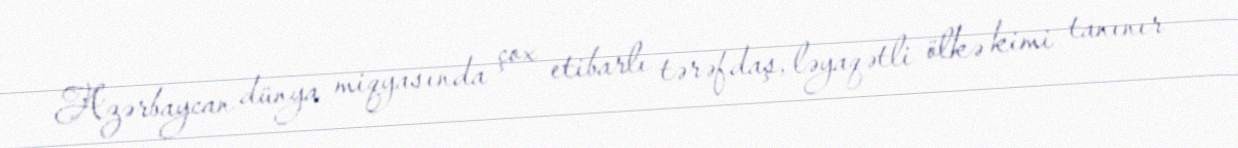
Azərbaycan dünya miqyasında çox etibarlı tərəfdaş, ləyaqətli ölkə kimi tanınır